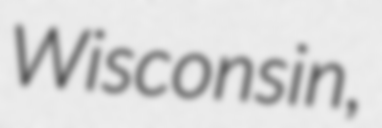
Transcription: Wisconsin,